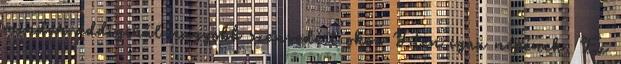
minden addiginál nagyobb szenvedést okoz Isten igaz népének. Ez